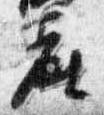
座